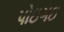
પોઇગઇ